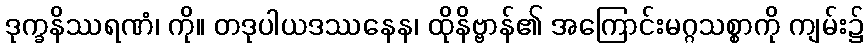
ဒုက္ခနိဿရဏံ၊ ကို။ တဒုပါယဒဿနေန၊ ထိုနိဗ္ဗာန်၏ အကြောင်းမဂ္ဂသစ္စာကို ကျမ်း၌